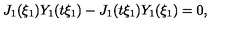
J _ { 1 } ( \xi _ { 1 } ) Y _ { 1 } ( t \xi _ { 1 } ) - J _ { 1 } ( t \xi _ { 1 } ) Y _ { 1 } ( \xi _ { 1 } ) = 0 ,